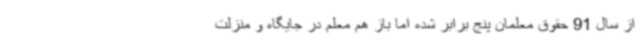
از سال 91 حقوق معلمان پنج برابر شده اما باز هم معلم در جایگاه و منزلت